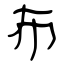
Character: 布